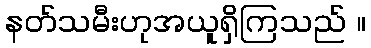
နတ်သမီးဟုအယူရှိကြသည် ။